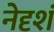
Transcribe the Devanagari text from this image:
नेदृशं